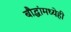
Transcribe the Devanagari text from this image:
बौद्धांमध्येही